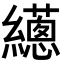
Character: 𦇎